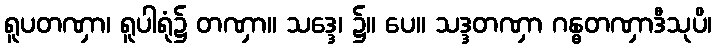
ရူပတဏှာ၊ ရူပါရုံ၌ တဏှာ။ သဒ္ဒေ၊ ၌။ ပေ။ သဒ္ဒတဏှာ ဂန္ဓတဏှာဒီသုပိ၊